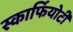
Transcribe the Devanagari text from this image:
स्कार्फियोटी